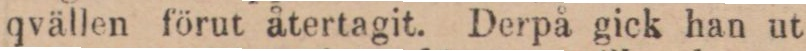
qvällen förut återtagit. Derpå gick han ut